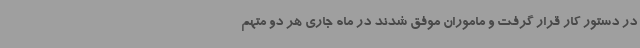
در دستور کار قرار گرفت و ماموران موفق شدند در ماه جاری هر دو متهم